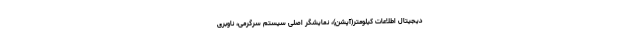
دیجیتال اطلاعات کیلومتر(آپشن)، نمایشگر اصلی سیستم سرگرمی، ناوبری